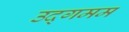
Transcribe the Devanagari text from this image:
उद्गमम